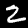
Label: 2